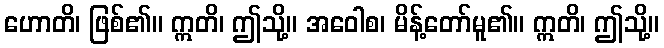
ဟောတိ၊ ဖြစ်၏။ ဣတိ၊ ဤသို့။ အဝေါစ၊ မိန့်တော်မူ၏။ ဣတိ၊ ဤသို့။